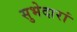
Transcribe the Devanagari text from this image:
सुभेदारां